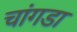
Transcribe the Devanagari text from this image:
चांगडा